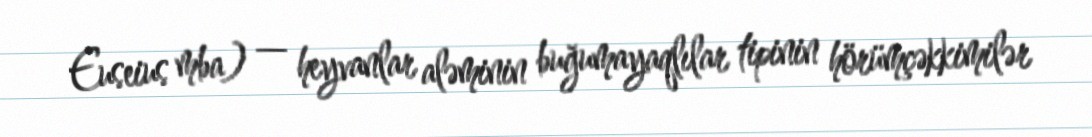
Euseius mba) — heyvanlar aləminin buğumayaqlılar tipinin hörümçəkkimilər